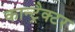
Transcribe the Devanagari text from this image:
कान्ट्रैक्टर